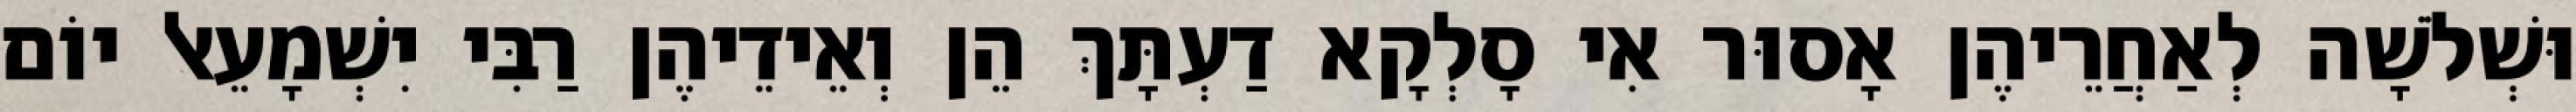
וּשְׁלֹשָׁה לְאַחֲרֵיהֶן אָסוּר אִי סָלְקָא דַעְתָּךְ הֵן וְאֵידֵיהֶן רַבִּי יִשְׁמָעֵאל יוֹם